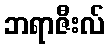
ဘရာဇီးလ်